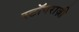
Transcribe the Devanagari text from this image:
स्टॉपराज़ी